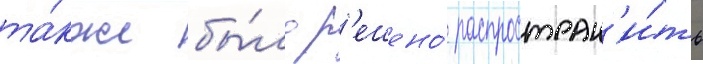
та́кже бы́ло р'ешено́ распростран'и́ть